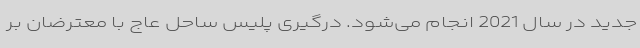
جدید در سال 2021 انجام می‌شود. درگیری پلیس ساحل عاج با معترضان بر